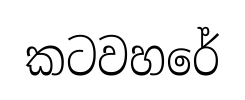
කටවහරේ